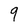
Character: 9